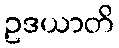
ဥဒယာတိ